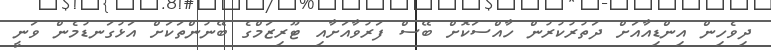
ދިވެހިން އިންޑިއާއަށް ދަތުރުކުރުން ހާއްސަކޮށް ބޭސް ފަރުވާއަށާއި ޓޫރިޒަމްގެ ބޭނުންތަކަށް އަޅުގަނޑުމެން ވަނީ